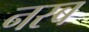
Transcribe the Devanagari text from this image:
नस्ब